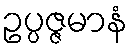
ဥပ္ပဇ္ဇမာနံ